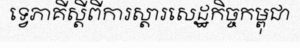
ទ្វេភាគីស្តីពីការស្តារសេដ្ឋកិច្ចកម្ពុជា